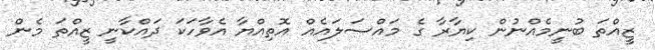
ޒީއްތަ ބުނީމެއްނުން ކިޔާރާ ގެ މައްސަލައެއް އޮތިއްޔާ އެވާހަކަ ދައްކާނީ ޒީއްތަ މެން